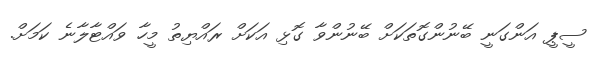
ސީޕީ އަންގަނީ ބޭނުންގޮތަކަށް ބޭނުންވާ ގޮޅި އަކަށް ރައްޔިތު މީހާ ވައްޓާލާނެ ކަމަށް.